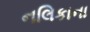
નલિકાના